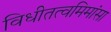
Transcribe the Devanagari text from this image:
विधीतत्वमिमांसा